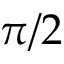
\pi / 2